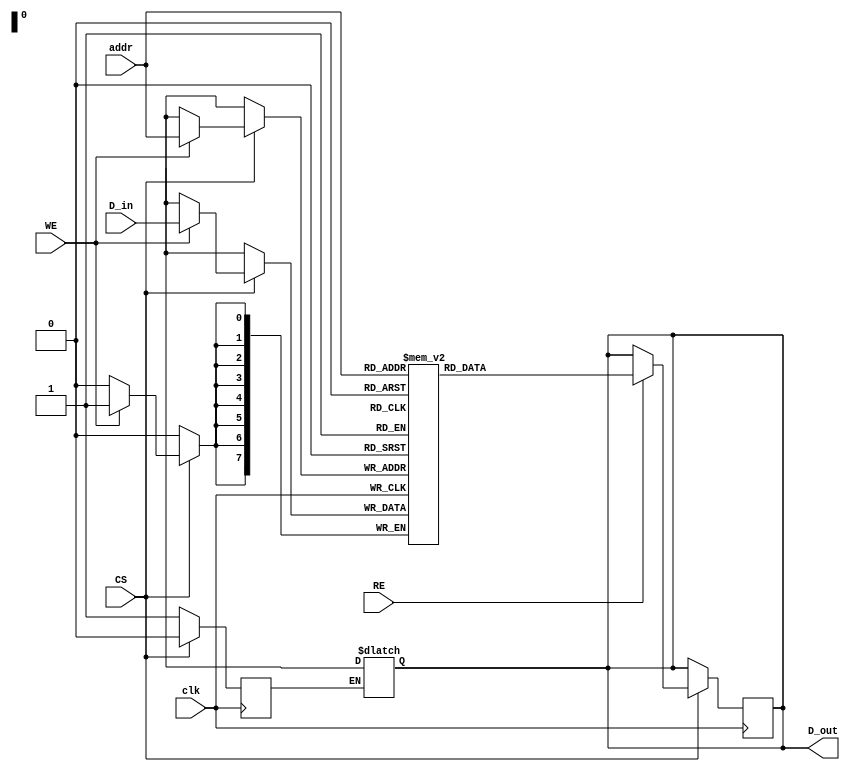
module embedded_sram #(
    parameter N = 256, // Number of words
    parameter M = 8    // Bits per word
)(
    input wire clk,           // Clock signal
    input wire WE,           // Write Enable
    input wire RE,           // Read Enable
    input wire CS,           // Chip Select
    input wire [7:0] addr,   // Address input (8 bits for N=256)
    input wire [M-1:0] D_in,  // Data input
    output reg [M-1:0] D_out  // Data output
);

    // Memory array declaration
    reg [M-1:0] memory [0:N-1]; // Declare memory array

    // Address decoding and memory operations
    always @(posedge clk) begin
        if (CS) begin // Check if chip is selected
            if (WE) begin
                // Write operation
                memory[addr] <= D_in; // Write data to the specified address
            end
            if (RE) begin
                // Read operation
                D_out <= memory[addr]; // Read data from the specified address
            end
        end
    end

    // Optional: Implementing a simple power management feature
    // Here we will just demonstrate a basic power-down mechanism
    reg power_down;
    always @(posedge clk) begin
        if (~CS) begin
            power_down <= 1; // Power down when not selected
        end else begin
            power_down <= 0; // Active when selected
        end
    end

    // Output data can also be gated based on power state
    always @(*) begin
        if (power_down) begin
            D_out = {M{1'bz}}; // High impedance state when powered down
        end
    end

endmodule